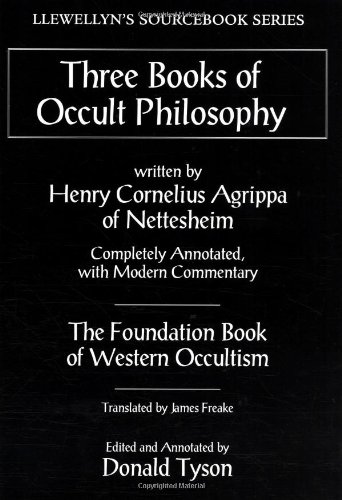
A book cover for Three Books of Occult Philosophy (Llewellyn's Sourcebook); Henry Cornelius Agrippa; Reference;